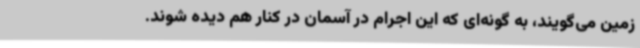
زمین می‌گویند، به گونه‌ای که این اجرام در آسمان در کنار هم دیده شوند.